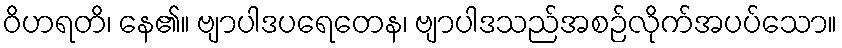
ဝိဟရတိ၊ နေ၏။ ဗျာပါဒပရေတေန၊ ဗျာပါဒသည်အစဉ်လိုက်အပပ်သော။